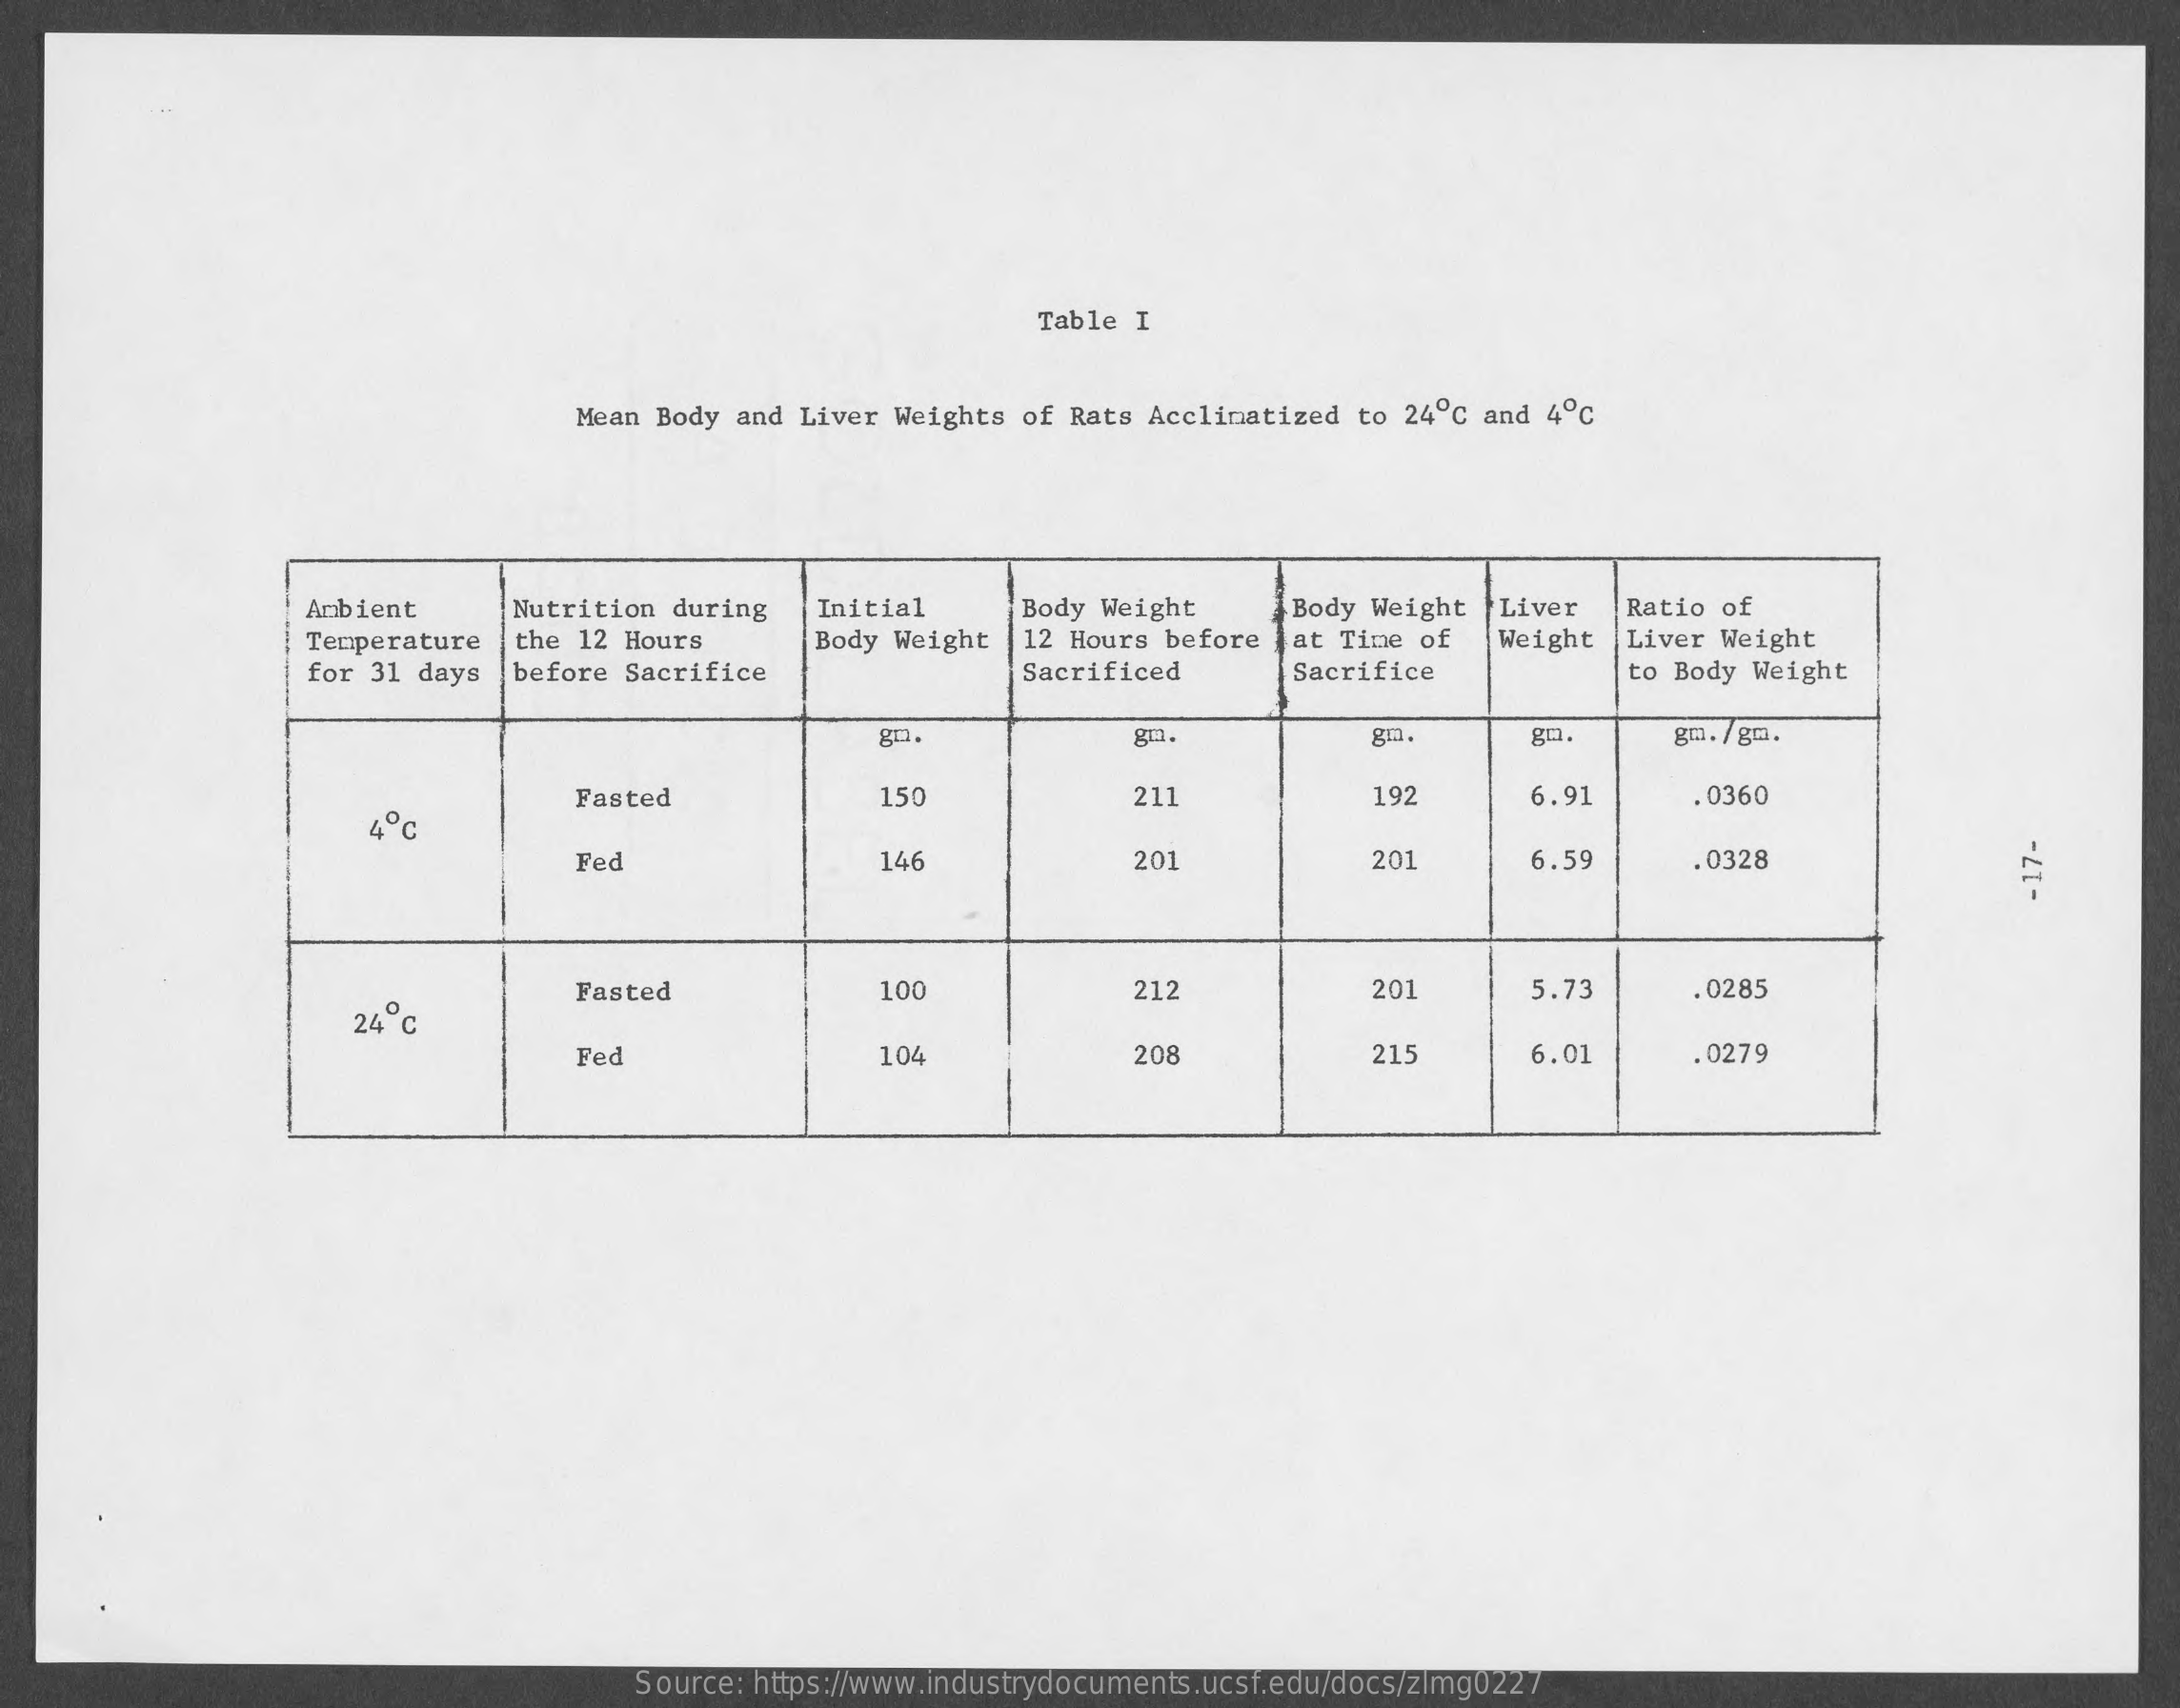
Table I
     Mean Body and Liver Weights of Rats Acclimatized to 24º ℃ and 4ºc
     Ambient   Nutrition during Initial Body Weight Body Weight Liver Ratio of
     Temperature the 12 Hours Body Weight 12 Hours before at Time of Weight Liver Weight
     for 31 days before Sacrifice    Sacrificed  Sacrifice    to Body Weight
     gH.    go.    gm. /gm.
     Fasted    150    211    192    6.91    . 0360
     4 ℃
     Fec    146    201    201    6.59    .0328
     -
     17-
     Fasted    100    212    201    5.73    .0285
     24 ℃
     Fe    104    208    21    6.01    .0279
     --
     Source: https://www.industrydocuments.ucsf.edu/docs/zlmg0227